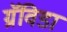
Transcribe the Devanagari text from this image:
ग्रॅविडा